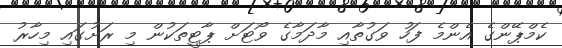
ކެމްޕޭންގެ އެންމެ ފަހު ވަގުތާއި މާދަމާގެ ވޯޓަށް ޕާޓީތަކުން މި ރަށުގައި މިހާރު